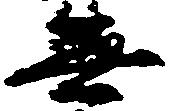
無